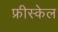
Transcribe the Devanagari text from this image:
फ्रीस्केल